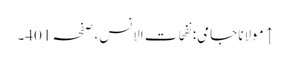
↑ مولانا جامی: نفحات الانس، صفحہ 401۔